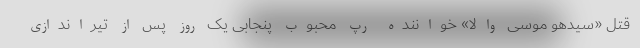
قتل «سیدهو موسی والا» خواننده رپ محبوب پنجابی یک روز پس از تیراندازی